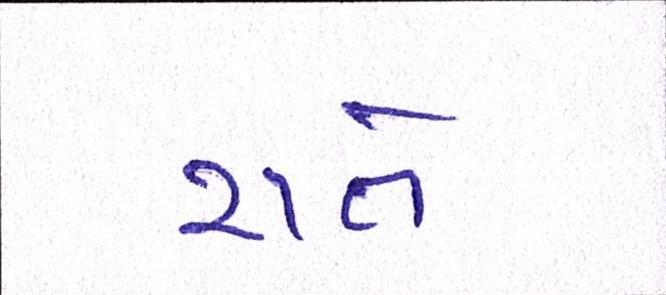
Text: રાતે